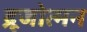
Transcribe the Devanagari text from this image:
द्रूजोत्मन